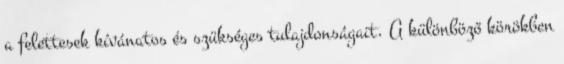
a felettesek kívánatos és szükséges tulajdonságait. A különböző körökben